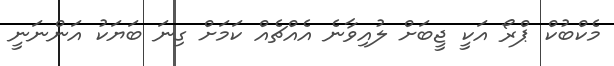
މެކްބުކް ޕްރޯ އަކީ ޖީބަށް ލުއިވާނެ އެއްޗެއް ކަމަށް ގިނަ ބަޔަކު އަންނަނީ